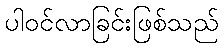
ပါဝင်လာခြင်းဖြစ်သည်